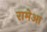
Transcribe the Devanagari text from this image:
रामेआ